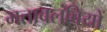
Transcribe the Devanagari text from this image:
मताबलंबियों